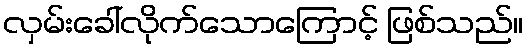
လှမ်းခေါ်လိုက်သောကြောင့် ဖြစ်သည်။